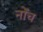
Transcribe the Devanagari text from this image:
नोंच